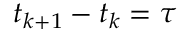
t _ { k + 1 } - t _ { k } = \tau